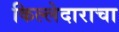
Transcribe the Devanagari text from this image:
किल्लेदाराचा